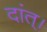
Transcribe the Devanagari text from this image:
दांत्।